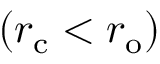
( r _ { \mathrm { { c } } } < r _ { \mathrm { { o } } } )